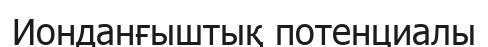
Ионданғыштық потенциалы